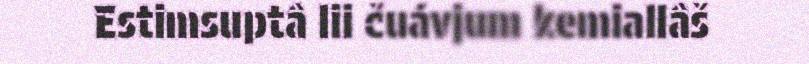
Estimsuptâ lii čuávjum kemiallâš